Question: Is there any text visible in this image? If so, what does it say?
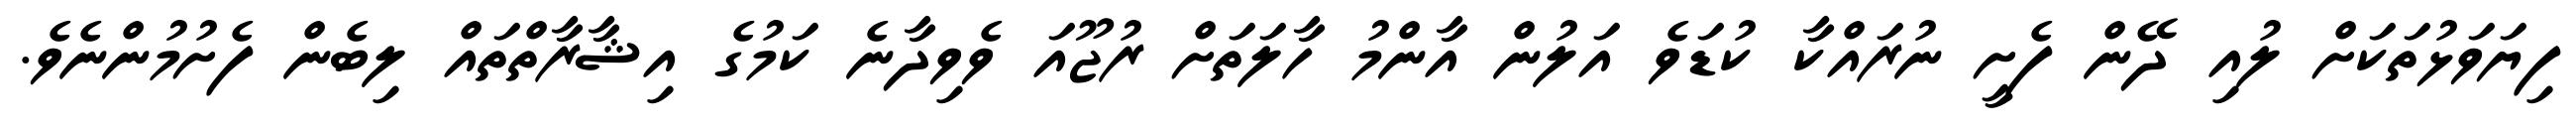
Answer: ފިޔަވަޅުތަކަށް ލުއި ދޭން ފެށީ ނުރައްކާ ކުޑަވެ އަލުން އާންމު ހާލަތަށް ރުޖޫއަ ވެވިދާނެ ކަމުގެ އިޝާރާތްތައް ލިބެން ފެށުމުންނެވެ.